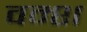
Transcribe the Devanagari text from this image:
वम्श